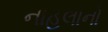
નાહલાનો